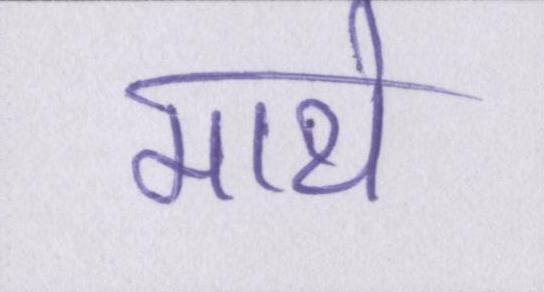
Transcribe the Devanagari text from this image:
माथे